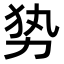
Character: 𭄣